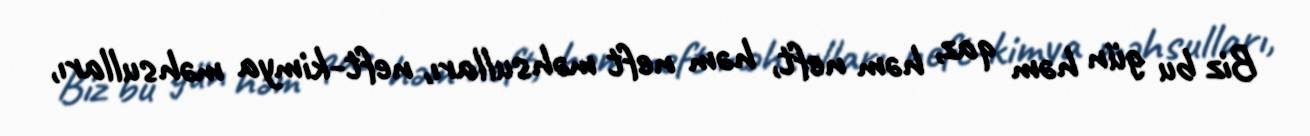
Biz bu gün həm qaz, həm neft, həm neft məhsulları, neft-kimya məhsulları,